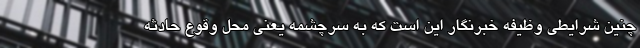
چنین شرایطی وظیفه خبرنگار این است که به سرچشمه یعنی محل وقوع حادثه